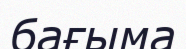
бағыма